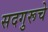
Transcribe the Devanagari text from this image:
सदगुरूचे